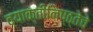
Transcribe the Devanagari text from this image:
व्याक्तीनिष्ठ्तेचे